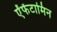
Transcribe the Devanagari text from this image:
ऐंफेंटामिन